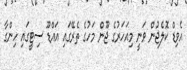
އެވިޑް ކޮލެޖުން ވަނީ މިއަހަރުގެ ޖޫން މަހުގެ ތެރޭގައި އައްޑޫ ސިޓީގައި ހިންގާ